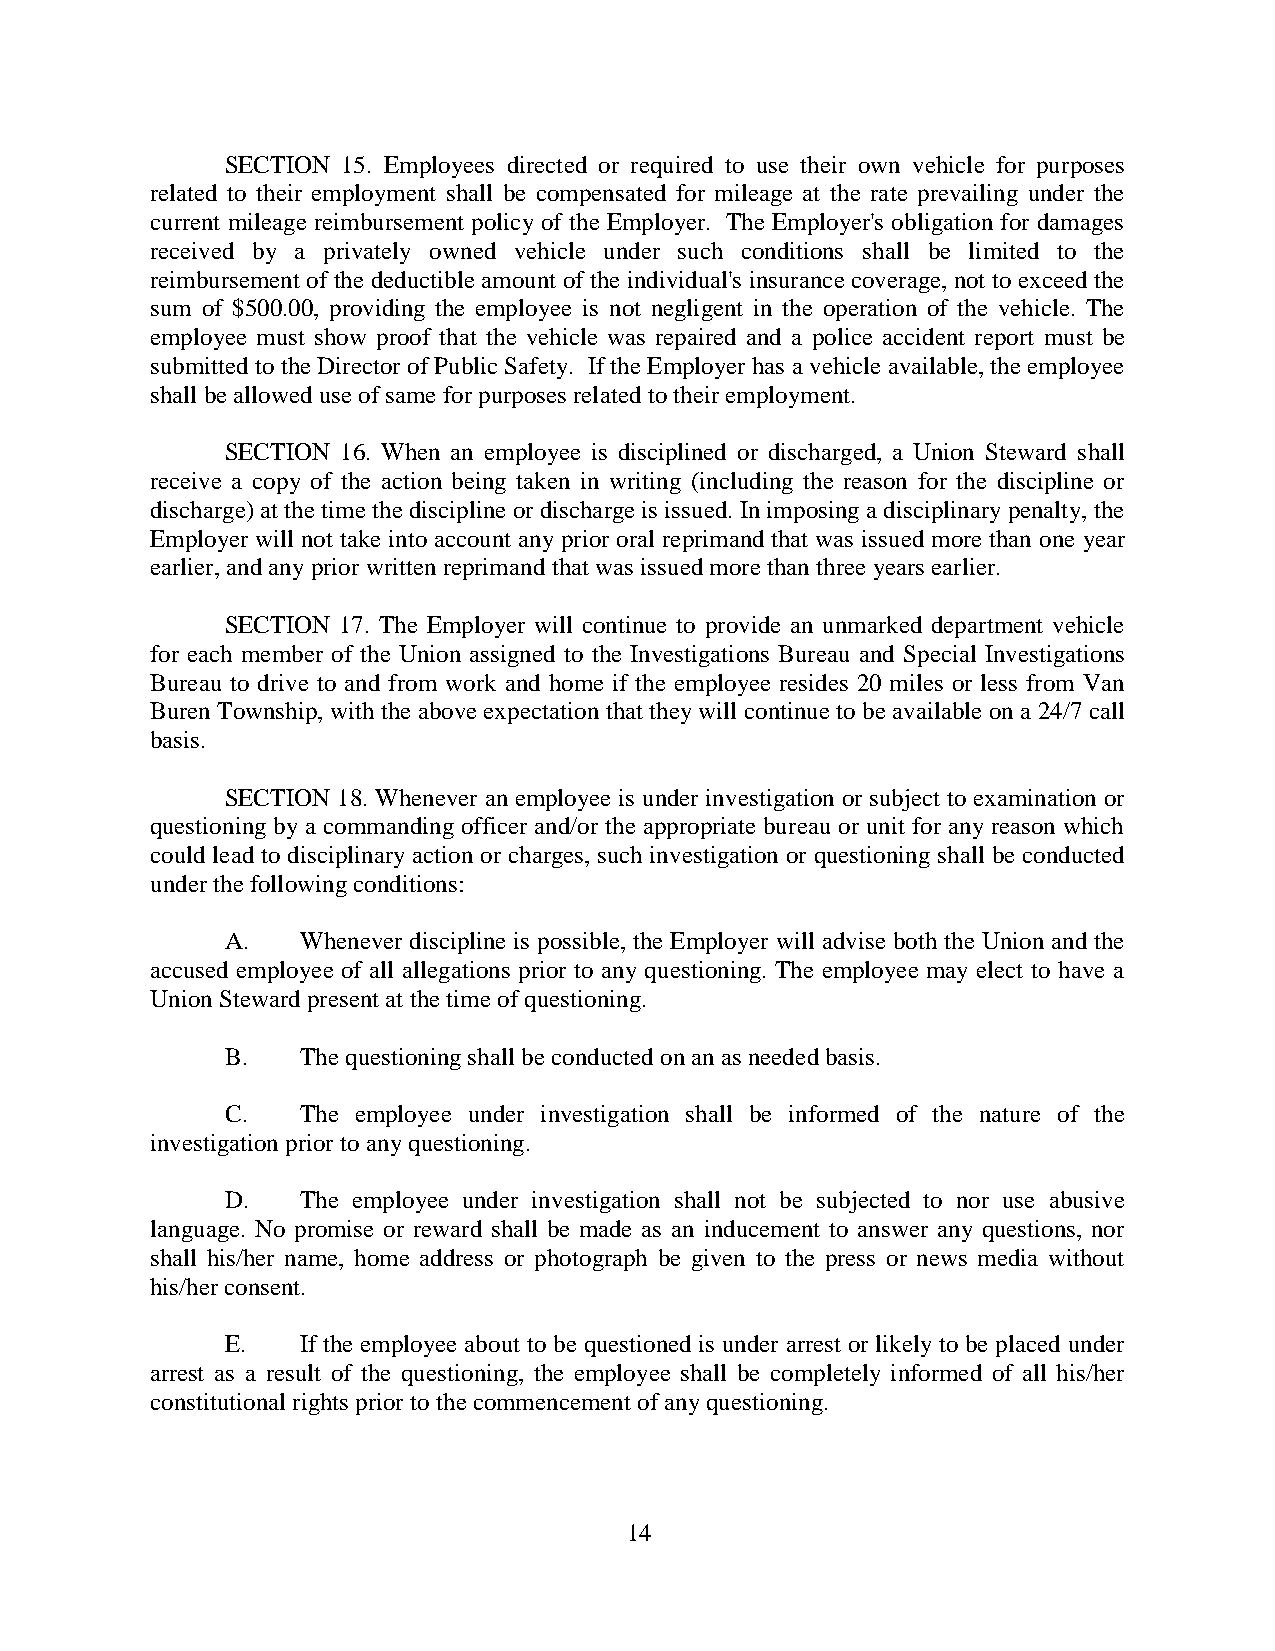
SECTION 15. Employees directed or required to use their own vehicle for purposes
 related to their employment shall be compensated for mileage at the rate prevailing under the
 current mileage reimbursement policy of the Employer. The Employer's obligation for damages
 received by a privately owned vehicle under such conditions shall be limited to the
 reimbursement of the deductible amount of the individual's insurance coverage, not to exceed the
 sum of $500.00, providing the employee is not negligent in the operation of the vehicle. The
 employee must show proof that the vehicle was repaired and a police accident report must be
 submitted to the Director of Public Safety. If the Employer has a vehicle available, the employee
 shall be allowed use of same for purposes related to their employment.
 SECTION 16. When an employee is disciplined or discharged, a Union Steward shall
 receive a copy of the action being taken in writing (including the reason for the discipline or
 discharge) at the time the discipline or discharge is issued. In imposing a disciplinary penalty, the
 Employer will not take into account any prior oral reprimand that was issued more than one year
 earlier, and any prior written reprimand that was issued more than three years earlier.
 SECTION 17. The Employer will continue to provide an unmarked department vehicle
 for each member of the Union assigned to the Investigations Bureau and Special Investigations
 Bureau to drive to and from work and home if the employee resides 20 miles or less from Van
 Buren Township, with the above expectation that they will continue to be available on a 24/7 call
 basis.
 SECTION 18. Whenever an employee is under investigation or subject to examination or
 questioning by a commanding officer and/or the appropriate bureau or unit for any reason which
 could lead to disciplinary action or charges, such investigation or questioning shall be conducted
 under the following conditions:
 A.   Whenever discipline is possible, the Employer will advise both the Union and the
 accused employee of all allegations prior to any questioning. The employee may elect to have a
 Union Steward present at the time of questioning.
 B.   The questioning shall be conducted on an as needed basis.
 C.   The employee under investigation shall be informed of the nature of the
 investigation prior to any questioning.
 D.   The employee under investigation shall not be subjected to nor use abusive
 language. No promise or reward shall be made as an inducement to answer any questions, nor
 shall his/her name, home address or photograph be given to the press or news media without
 his/her consent.
 E.   If the employee about to be questioned is under arrest or likely to be placed under
 arrest as a result of the questioning, the employee shall be completely informed of all his/her
 constitutional rights prior to the commencement of any questioning.
 14